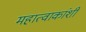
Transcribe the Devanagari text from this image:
महात्वाकांशी